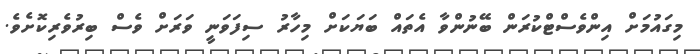
މިގައުމަށް އިންވެސްޓްކުރަން ބޭނުންވާ އެތައް ބަޔަކަށް މިހާރު ސިފަވަނީ ވަރަށް ވެސް ބިރުވެރިކޮށެވެ.